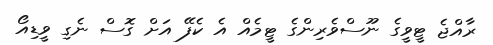
ރާއްޖެ ޓީވީގެ ނޫސްވެރިންގެ ޓީމެއް އެ ކެފޭ އަށް ގޮސް ނެގި ވީޑިއޯ